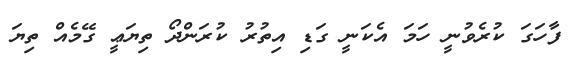
ފާހަގަ ކުރެވުނީ ހަމަ އެކަނީ ގަޑި އިތުރު ކުރަންދޯ ތިޔަޢީ ގޭމެއް ތިޔަ